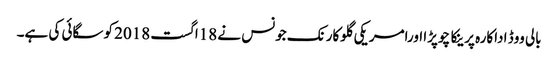
بالی ووڈ اداکارہ پرینکا چوپڑا اورامریکی گلوکارنک جونس نے 18اگست 2018 کوسگائی کی ہے۔